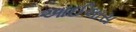
આઈલાસ